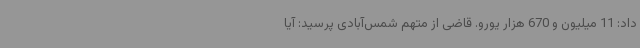
داد: 11 میلیون و 670 هزار یورو. قاضی از متهم شمس‌آبادی پرسید: آیا